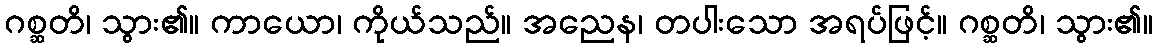
ဂစ္ဆတိ၊ သွား၏။ ကာယော၊ ကိုယ်သည်။ အညေန၊ တပါးသော အရပ်ဖြင့်။ ဂစ္ဆတိ၊ သွား၏။